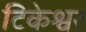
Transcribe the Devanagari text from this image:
टिकेश्वर